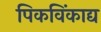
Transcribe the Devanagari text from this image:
पिकविंकाद्य